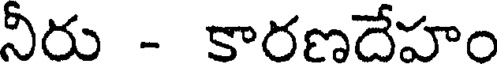
నీరు - కారణదేహం